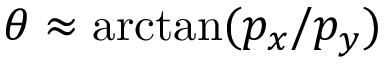
\theta \approx \arctan ( p _ { x } / p _ { y } )